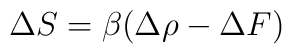
\Delta S = \beta (\Delta \rho - \Delta F)